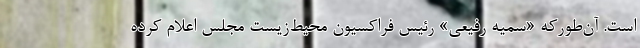
است. آن‌طورکه «سمیه رفیعی» رئیس فراکسیون محیط‌زیست مجلس اعلام کرده